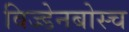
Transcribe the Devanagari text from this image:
विज्डेनबोस्च